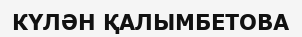
КҮЛӘН ҚАЛЫМБЕТОВА